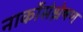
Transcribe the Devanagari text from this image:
नार्कोसंश्लेषण